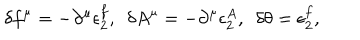
LaTeX: \delta f ^ { \mu } = - \partial ^ { \mu } \epsilon _ { 2 } ^ { f } , ~ ~ \delta A ^ { \mu } = - \partial ^ { \mu } \epsilon _ { 2 } ^ { A } , ~ ~ \delta \theta = \epsilon _ { 2 } ^ { f } ,